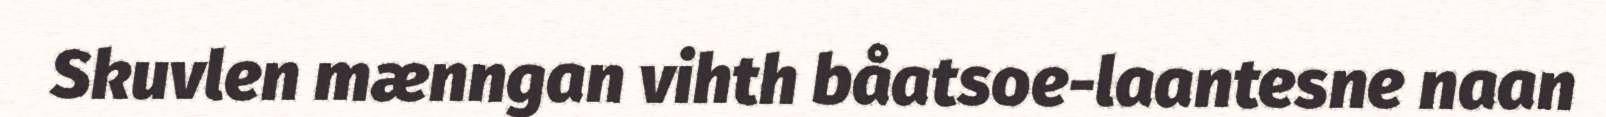
Skuvlen mænngan vihth båatsoe-laantesne naan